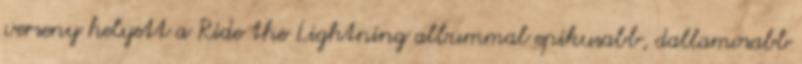
verseny helyett a Ride the Lightning albummal epikusabb, dallamosabb